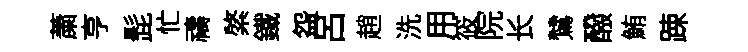
䔥亨髭忙禱綮鐵盌呂趙洗用筱院长鷥醱鮪踈